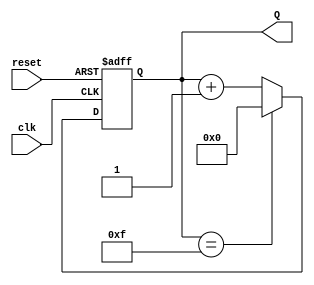
module binary_up_counter #(
    parameter N = 4  // Define the bit-width of the counter (default is 4 bits)
)(
    input wire clk,       // Clock input
    input wire reset,     // Asynchronous reset input
    output reg [N-1:0] Q  // Output count
);

    // Always block triggered on the rising edge of the clock or the reset signal
    always @(posedge clk or posedge reset) begin
        if (reset) begin
            Q <= 0;  // Reset the counter to 0
        end else begin
            Q <= (Q == (1 << N) - 1) ? 0 : Q + 1;  // Increment counter and wrap around
        end
    end

endmodule